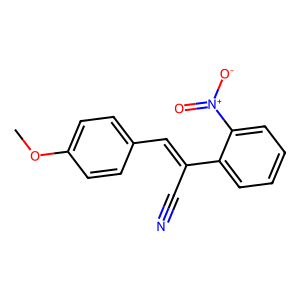
SMILES: COc1ccc(C=C(C#N)c2ccccc2[N+](=O)[O-])cc1
Inhibits HIV replication: No